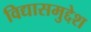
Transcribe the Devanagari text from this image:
विद्यासमुद्देश